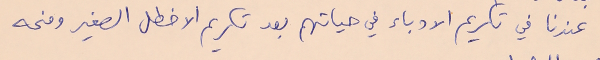
عندنا في تكريم الادباء في حياتهم بعد تكريم الاخطل الصغير ومنحه